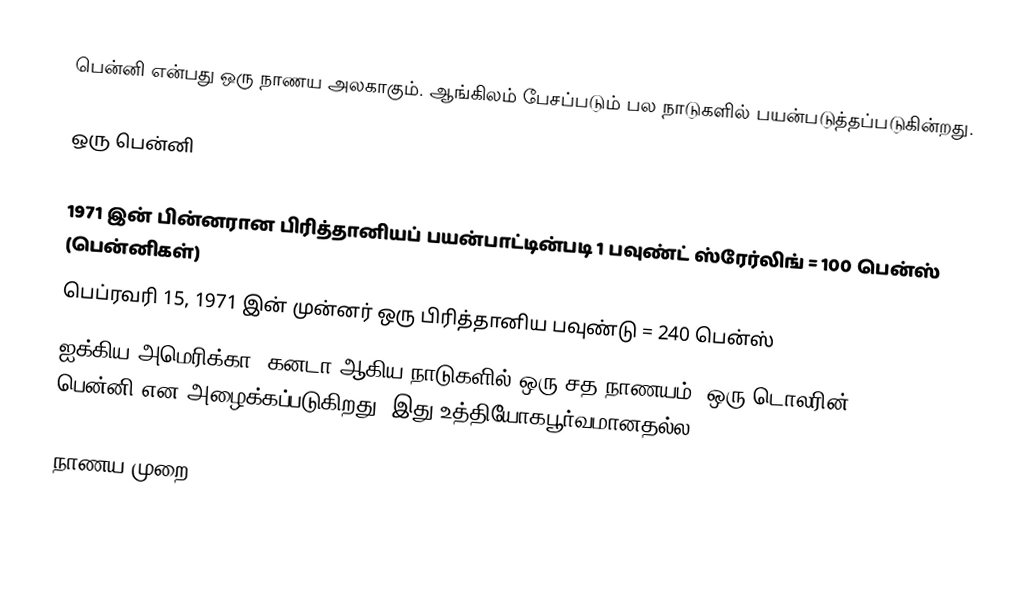
பென்னி என்பது ஒரு நாணய அலகாகும். ஆங்கிலம் பேசப்படும் பல நாடுகளில் பயன்படுத்தப்படுகின்றது.

ஒரு பென்னி

 1971 இன் பின்னரான பிரித்தானியப் பயன்பாட்டின்படி 1 பவுண்ட் ஸ்ரேர்லிங் = 100 பென்ஸ் (பென்னிகள்)
 பெப்ரவரி 15, 1971 இன் முன்னர் ஒரு பிரித்தானிய பவுண்டு = 240 பென்ஸ்
 ஐக்கிய அமெரிக்கா, கனடா ஆகிய நாடுகளில் ஒரு சத நாணயம் (ஒரு டொலரின் 1/100) பென்னி என அழைக்கப்படுகிறது. இது உத்தியோகபூர்வமானதல்ல.

நாணய முறை